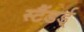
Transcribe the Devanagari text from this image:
स्टैंडर्ड्